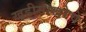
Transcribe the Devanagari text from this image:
खडीसाखरेचे